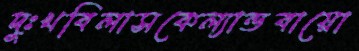
দুঃখবিলাসকেল্যান্ডবায়ো